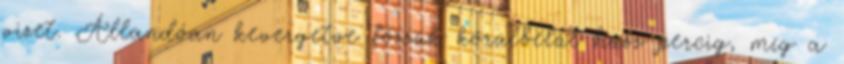
vizet. Állandóan kevergetve főzzük körülbelül húsz percig, míg a